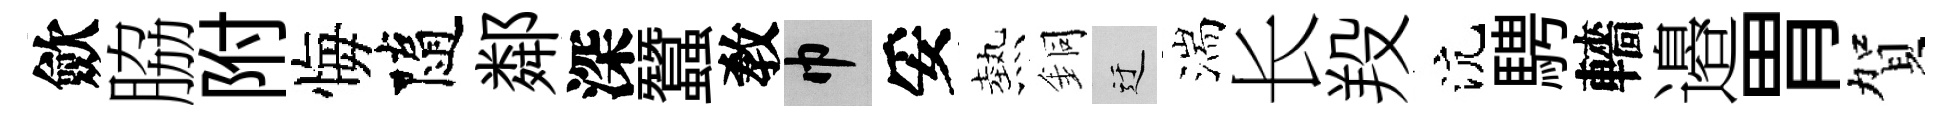
歛脇附悔隨鄰深蠶敎巾妥熱銅迂湍长羖沆騁轖邉胃賀